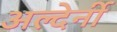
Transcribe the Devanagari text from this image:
अल्देर्नी